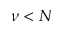
\nu < N